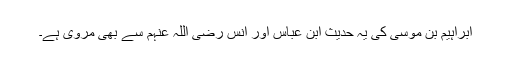
ابراہیم بن موسیٰ کی یہ حدیث ابن عباس اور انس رضی اللہ عنہم سے بھی مروی ہے۔